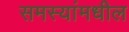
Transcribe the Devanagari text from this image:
समस्यांमधील